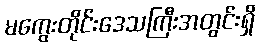
မကွေးတိုင်းဒေသကြီးအတွင်းရှိ